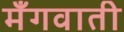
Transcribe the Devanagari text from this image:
मँगवाती